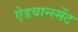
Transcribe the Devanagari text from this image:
ऐडवान्स्मेंट